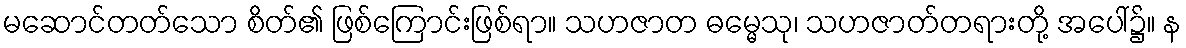
မဆောင်တတ်သော စိတ်၏ ဖြစ်ကြောင်းဖြစ်ရာ။ သဟဇာတ ဓမ္မေသု၊ သဟဇာတ်တရားတို့ အပေါ်၌။ န